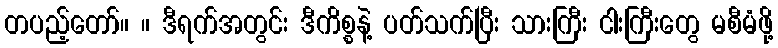
တပည့်တော်။ ။ ဒီရက်အတွင်း ဒီကိစ္စနဲ့ ပတ်သက်ပြီး သားကြီး ငါးကြီးတွေ မစီမံဖို့